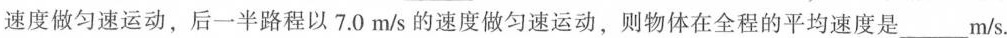
速度做匀速运动，后一半路程以7.0m/s的速度做匀速运动，则物体在全程的平均速度是___m/s。